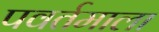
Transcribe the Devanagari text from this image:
पवर्तमाला